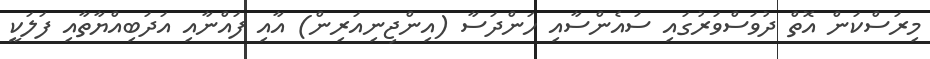
މިރަސްކަން އޮތް ދުވަސްވަރުގައި ސައެންސާއި ހަންދަސާ (އިންޖިނިއަރިން) އާއި ފައްނާއި އަދަބިއްޔާތާއި ފަލަކީ